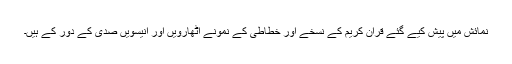
نمائش میں پیش کیے گئے قرآن کریم کے نسخے اور خطاطی کے نمونے اٹھارویں اور انیسویں صدی کے دور کے ہیں۔